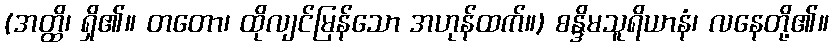
(အတ္ထိ၊ ရှိ၏။ တတော၊ ထိုလျင်မြန်သော အဟုန်ထက်။) စန္ဒိမသူရိယာနံ၊ လနေတို့၏။